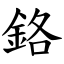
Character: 鉻